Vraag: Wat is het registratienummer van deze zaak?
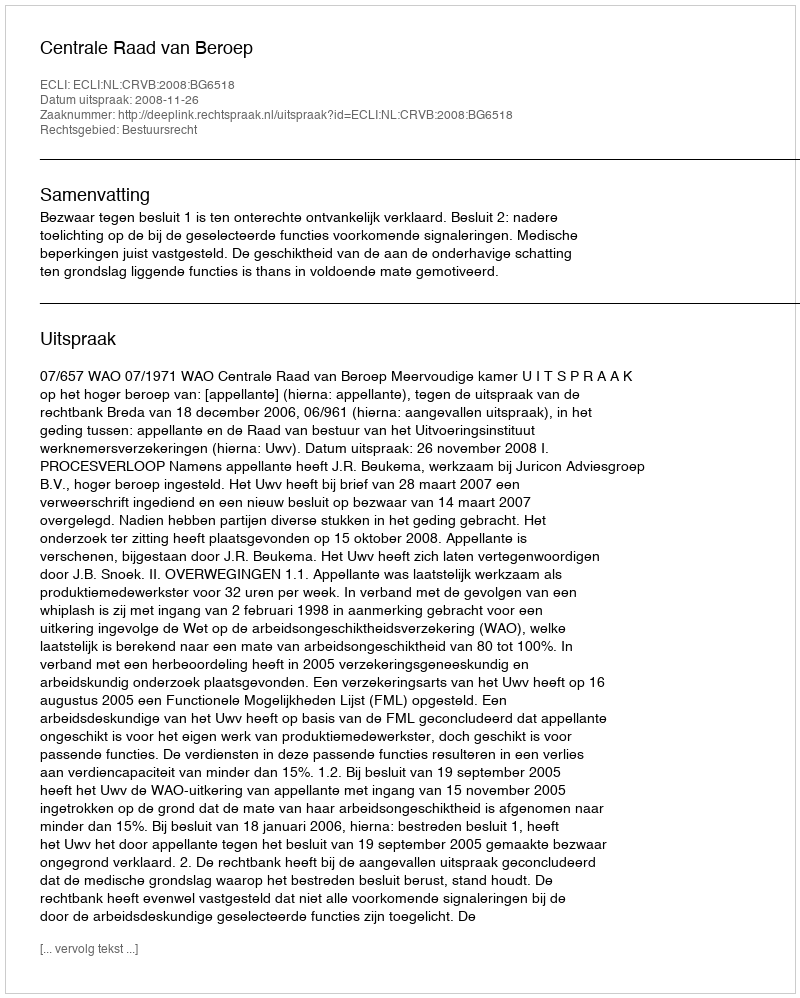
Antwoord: http://deeplink.rechtspraak.nl/uitspraak?id=ECLI:NL:CRVB:2008:BG6518